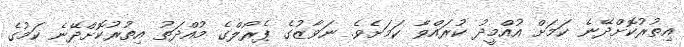
އިތުރުކޮށްދޭނެ ކަމަށް އުއްމީދު ކުރައްވާ ކަމަށެވެ. ނަވާޒުގެ ޕެރޯލްގެ މުއްދަތު އިތުރުކޮށްދޭނެ ކަމުގެ